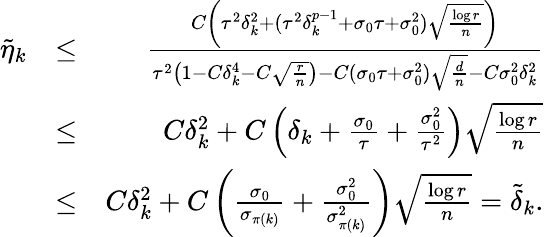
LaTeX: \begin{array}{rlr}{\tilde{\eta}_{k}}&{\le}&{{\frac{C\left(\tau^{2}\delta_{k}^{2}+(\tau^{2}\delta_{k}^{p-1}+\sigma_{0}\tau+\sigma_{0}^{2})\sqrt{\frac{\log r}{n}}\right)}{\tau^{2}\left(1-C\delta_{k}^{4}-C\sqrt{\frac{r}{n}}\right)-C(\sigma_{0}\tau+\sigma_{0}^{2})\sqrt{\frac{d}{n}}-C\sigma_{0}^{2}\delta_{k}^{2}}}}\\ &{\le}&{C\delta_{k}^{2}+C\left(\delta_{k}+{\frac{\sigma_{0}}{\tau}}+{\frac{\sigma_{0}^{2}}{\tau^{2}}}\right)\sqrt{\frac{\log r}{n}}}\\ &{\le}&{C\delta_{k}^{2}+C\left({\frac{\sigma_{0}}{\sigma_{\pi(k)}}}+{\frac{\sigma_{0}^{2}}{\sigma_{\pi(k)}^{2}}}\right)\sqrt{\frac{\log r}{n}}=\tilde{\delta}_{k}.}\end{array}